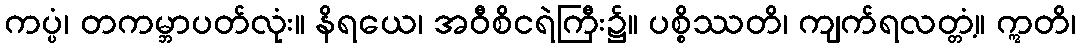
ကပ္ပံ၊ တကမ္ဘာပတ်လုံး။ နိရယေ၊ အဝီစိငရဲကြီး၌။ ပစ္စိဿတိ၊ ကျက်ရလတ္တံ့။ ဣတိ၊